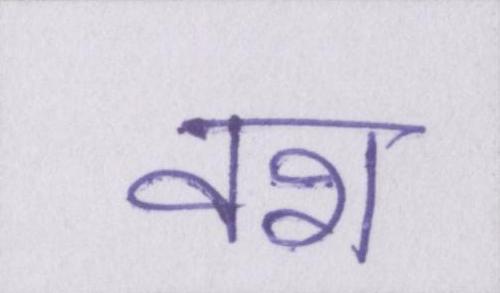
वश